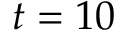
t = 1 0